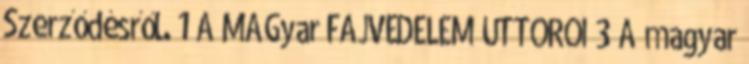
Szerződésről. 1 A MAGyar FAJVÉDELEM ÚTTÖRŐI 3 A magyar